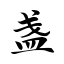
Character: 盏